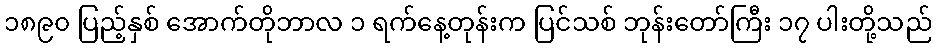
၁၈၉၀ ပြည့်နှစ် အောက်တိုဘာလ ၁ ရက်နေ့တုန်းက ပြင်သစ် ဘုန်းတော်ကြီး ၁၇ ပါးတို့သည်